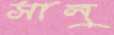
সালু